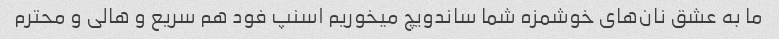
ما به عشق نان‌های خوشمزه شما ساندویچ میخوریم اسنپ فود هم سریع و هالی و محترم